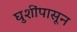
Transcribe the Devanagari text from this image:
घुशींपासून